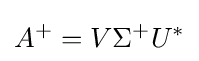
A^{+}=V\Sigma ^{+}U^{*}